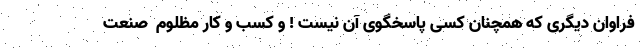
فراوان دیگری که همچنان کسی پاسخگوی آن نیست ! و کسب و کار مظلوم ِ صنعت